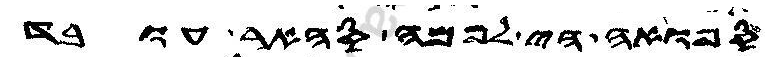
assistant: ספואה הי לפמה סהאר עובד